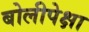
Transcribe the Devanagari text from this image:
बोलीपेक्षा